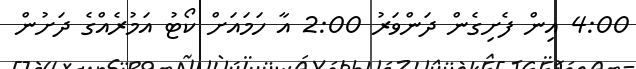
4:00 އިން ފެށިގެން ދަންވަރު 2:00 އާ ހަމައަށް ކޯޓު އަމުރެއްގެ ދަށުން